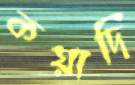
কয়াদি